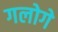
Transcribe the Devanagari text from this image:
गलोगे